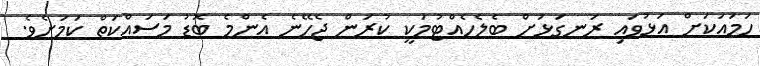
ހަމައަކަށް އަޅުވައި ރަނގަޅަށް ބެލެހެއްޓުމަކީ ކުރަން ޖެހޭނެ އެންމެ ބޮޑު މަސައްކަތް ކަމަށެވެ.